Vaccine operations Central Provinces 1886-1899 - 1886-1899
Year: 1886
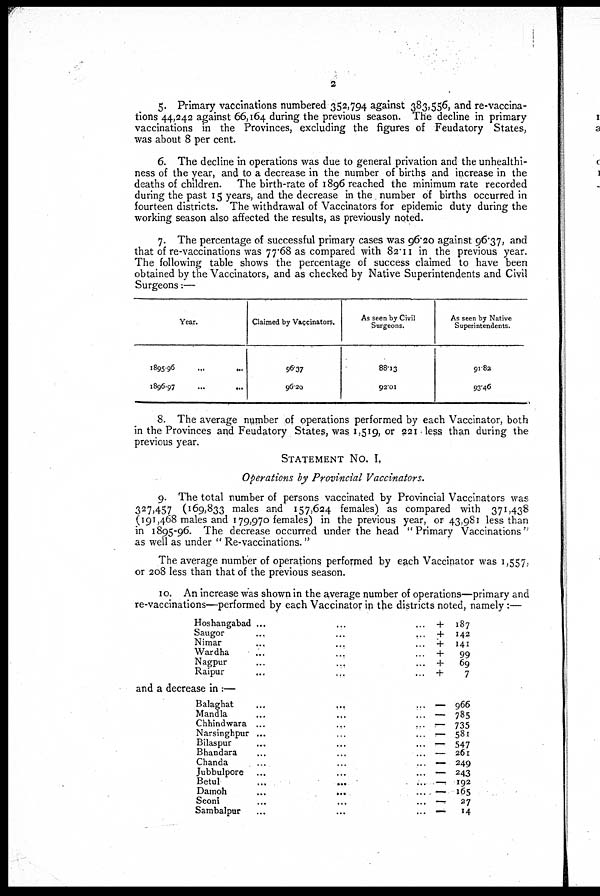
2
5. Primary vaccinations numbered 352,794 against 383,556, and re-vaccina-
tions 44,242 against 66,164 during the previous season. The decline in primary
vaccinations in the Provinces, excluding the figures of Feudatory States,
was about 8 per cent.
6. The decline in operations was due to general privation and the unhealthi-
ness of the year, and to a decrease in the number of births and increase in the
deaths of children. The birth-rate of 1896 reached the minimum rate recorded
during the past 15 years, and the decrease in the number of births occurred in
fourteen districts. The withdrawal of Vaccinators for epidemic duty during the
working season also affected the results, as previously noted.
7. The percentage of successful primary cases was 96.20 against 96.37, and
that of re-vaccinations was 77.68 as compared with 82.11 in the previous year.
The following table shows the percentage of success claimed to have been
obtained by the Vaccinators, and as checked by Native Superintendents and Civil
Surgeons:—
Year.
1895-96...
1896-97
Claimed by Vaccinators.
96.37
96.20
As seen by Civil
Surgeons.
88.13
92.01
As seen by Native
Superintendents.
91.82
93.46
8. The average number of operations performed by each Vaccinator, both
in the Provinces and Feudatory States, was 1,519, or 221 less than during the
previous year.
STATEMENT No. I.
Operations by Provincial Vaccinators.
9. The total number of persons vaccinated by Provincial Vaccinators was
327,457 (169,833 males and 157,624 females) as compared with 371,438
(191,468 males and 179,970 females) in the previous year, or 43,981 less than
in 1895-96. The decrease occurred under the head "Primary Vaccinations"
as well as under " Re-vaccinations."
The average number of operations performed by each Vaccinator was 1,557,
or 208 less than that of the previous season.
10. An increase was shown in the average number of operations—primary and
re-vaccinations—-performed by each Vaccinator in the districts noted, namely :—
Hoshangabad ...
Saugor...
Nimar...
Wardha...
Nagpur...
Raipur...
+ 187
+ 142
+ 141
+
99
+
69
+
7
and a decrease in :—
Balaghat... ... ...
Mandla... ... ...
Chhindwara...
...
...
Narsinghpur... ... ...
Bilaspur... ... ...
Bhandara... ... ...
Chanda... ... ...
Jubbulpore... ... ...
Betul...
...
...
Damoh...
...
...
Seoni... ... ...
Sambalpur... ... ...
— 966
— 785
— 735
— 581
— 547
— 261
— 249
— 243
— 192
— 165
—
27
— 14